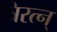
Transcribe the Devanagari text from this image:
त्रिरत्न्